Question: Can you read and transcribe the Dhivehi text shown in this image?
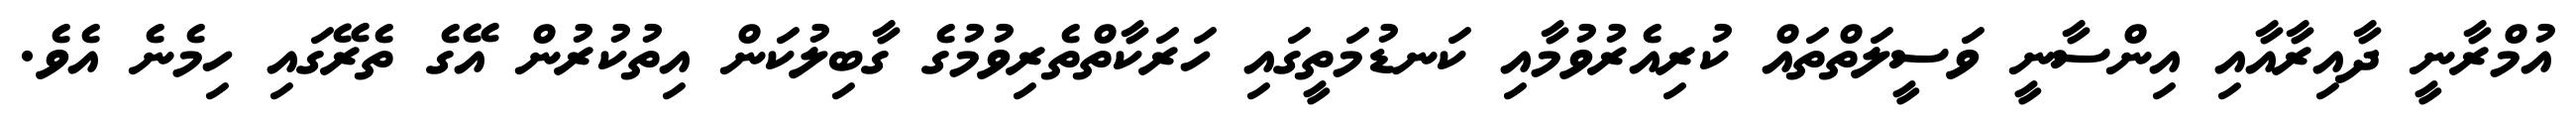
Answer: އުމްރާނީ ދާއިރާއާއި އިންސާނީ ވަސީލަތްތައް ކުރިއެރުވުމާއި ކަނޑުމަތީގައި ހަރަކާތްތެރިވުމުގެ ގާބިލުކަން އިތުކުރުން އޭގެ ތެރޭގައި ހިމެނެ އެވެ.